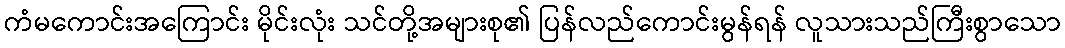
ကံမကောင်းအကြောင်း မိုင်းလုံး သင်တို့အများစု၏ ပြန်လည်ကောင်းမွန်ရန် လူသားသည်ကြီးစွာသော